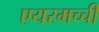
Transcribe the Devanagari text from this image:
एयरमच्ची